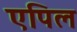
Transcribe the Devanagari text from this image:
एपिल